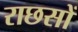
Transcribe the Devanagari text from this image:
राछसों